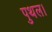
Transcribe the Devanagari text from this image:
पुथल।